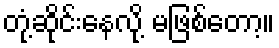
တုံ့ဆိုင်းနေလို့ မဖြစ်တော့။